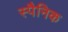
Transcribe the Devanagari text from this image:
स्पैनिक